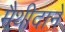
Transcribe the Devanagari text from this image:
मैथीदाने